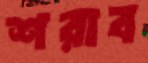
শরাব